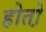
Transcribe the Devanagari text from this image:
होतो़